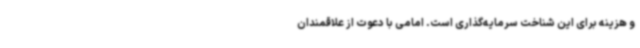
و هزینه برای این شناخت سرمایه‌گذاری است. امامی با دعوت از علاقمندان